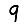
Digit: 9